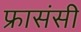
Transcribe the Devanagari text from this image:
फ्रासंसी